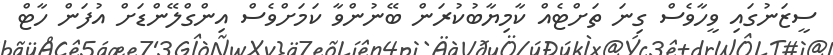
ސީޒަނުގައި ވީހާވެސް ގިނަ ތަށްޓެއް ކާމިޔާބުކުރަން ބޭނުންވާ ކަމަށްވެސް އިންގްލޭންޑަށް އުފަން ހާޓް